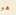
هو